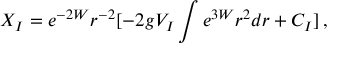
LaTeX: X _ { I } = e ^ { - 2 W } r ^ { - 2 } [ - 2 g V _ { I } \int e ^ { 3 W } r ^ { 2 } d r + C _ { I } ] \, ,